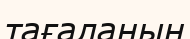
тағаланың